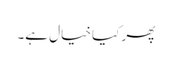
پھر کیا خیال ہے۔